[Report on the health of British troops in the Madras command]
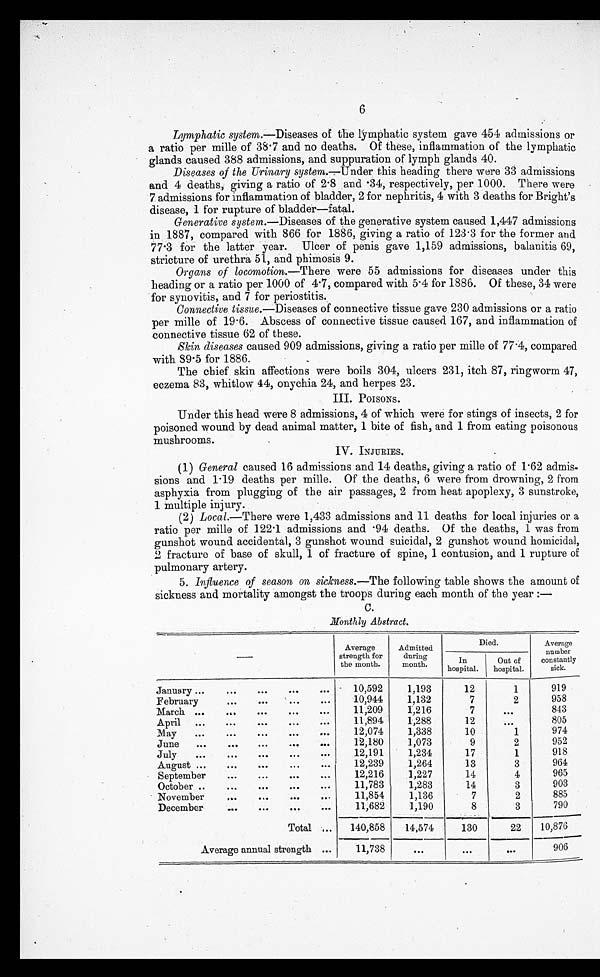
6
Lymphatic system .—Diseases of the lymphatic system gave 454 admissions or
a ratio per mille of 38.7 and no deaths. Of these, inflammation of the lymphatic
glands caused 388 admissions, and suppuration of lymph glands 40.
Diseases of the Urinary system.—Under this heading there were 33 admissions
and 4 deaths, giving a ratio of 2.8 and .34, respectively, per 1000. There were
7 admissions for inflammation of bladder, 2 for nephritis, 4 with 3 deaths for Bright’s
disease, 1 for rupture of bladder—fatal.
Generative system .—Diseases of the generative system caused 1,447 admissions
in 1887, compared with 866 for 1886, giving a ratio of 123.3 for the former and
77.3 for the latter year. Ulcer of penis gave 1,159 admissions, balanitis 69,
stricture of urethra 51, and phimosis 9.
Organs of locomotion.—There were 55 admissions for diseases under this
heading or a ratio per 1000 of 4.7, compared with 5.4 for 1886. Of these, 34 were
for synovitis, and 7 for periostitis.
Connective tissue .—Diseases of connective tissue gave 230 admissions or a ratio
per mille of 19.6. Abscess of connective tissue caused 167, and inflammation of
connective tissue 62 of these.
Skin diseases caused 909 admissions, giving a ratio per mille of 77.4, compared
with 89.5 for 1886.
The chief skin affections were boils 304, ulcers 231, itch 87, ringworm 47,
eczema 83, whitlow 44, onychia 24, and herpes 23.
III. POISONS.
Under this head were 8 admissions, 4 of which were for stings of insects, 2 for
poisoned wound by dead animal matter, 1 bite of fish, and 1 from eating poisonous
mushrooms.
IV. INJURIES.
(1) General caused 16 admissions and 14 deaths, giving a ratio of 1 . 62 admis
¬ s i o n s a n d 1 . 1 9 d e a t h s p e r m i l l e . O f t h e d e a t h s , 6 w e r e f r o m d r o w n i n g , 2 f r o m
asphyxia from plugging of the air passages, 2 from heat apoplexy, 3 sunstroke,
1 multiple injury.
(2) Local.—There were 1,433 admissions and 11 deaths for local injuries or a
ratio per mille of 122 . 1 admissions and .94 deaths. Of the deaths, 1 was from
gunshot wound accidental, 3 gunshot wound suicidal, 2 gunshot wound homicidal,
2 fracture of base of skull, 1 of fracture of spine, 1 contusion, and 1 rupture of
pulmonary artery.
5. Influence of season on sickness.—The following table shows the amount of
sickness and mortality amongst the troops during each month of the year :—
C.
Monthly Abstract.
Average
strength for
the month.
Admitted
during
month.
Died.
Average
number
constantly
sick.
In
hospital.
Out of
hospital.
January ...
...
...
...
. . .
10,592
1,193
12
1
919
February
...
...
. . .
10,944
1,132
7
2
958
March ...
...
...
...
. . .
11,209
1,216
7
. . .
843
April
...
...
... ...
. . .
11,894
1,288
12
. . .
805
May
...
...
...
...
. . .
12,074
1,338
10
1
974
June
...
... ...
...
. . .
12,180
1,073
9
2
952
July
...
...
...
...
...
12,191
1,234
17
1
918
August ...
...
...
...
. . .
12,239
1,264
13
3
964
September
...
...
...
...
12,216
1,227
14
4
965
October ..
...
... ...
...
11,783
1,283
14
3
903
November
... ...
...
. . .
11,854
1,136
7
2
885
December
...
...
... ...
11,682
1,190
8
3
790
Total ...
140,858
14,574
130
22
10,876
Average annual strength ...
11,738
. . .
. . .
. . .
906